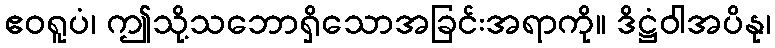
ဧဝရူပံ၊ ဤသို့သဘောရှိသောအခြင်းအရာကို။ ဒိဋ္ဌံဝါအပိနု၊